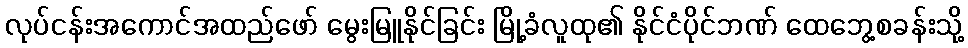
လုပ်ငန်းအကောင်အထည်ဖော် မွေးမြူနိုင်ခြင်း မြို့ခံလူထု၏ နိုင်ငံပိုင်ဘဏ် ထေဘွေ့စခန်းသို့